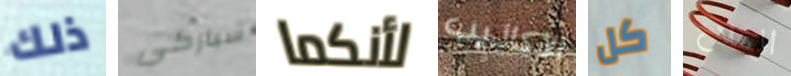
ذلك سباركي لأنكما الأكاذيب كل الملاح